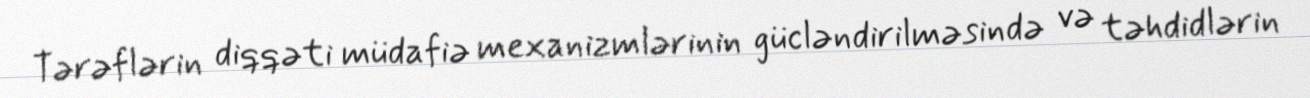
Tərəflərin diqqəti müdafiə mexanizmlərinin gücləndirilməsində və təhdidlərin